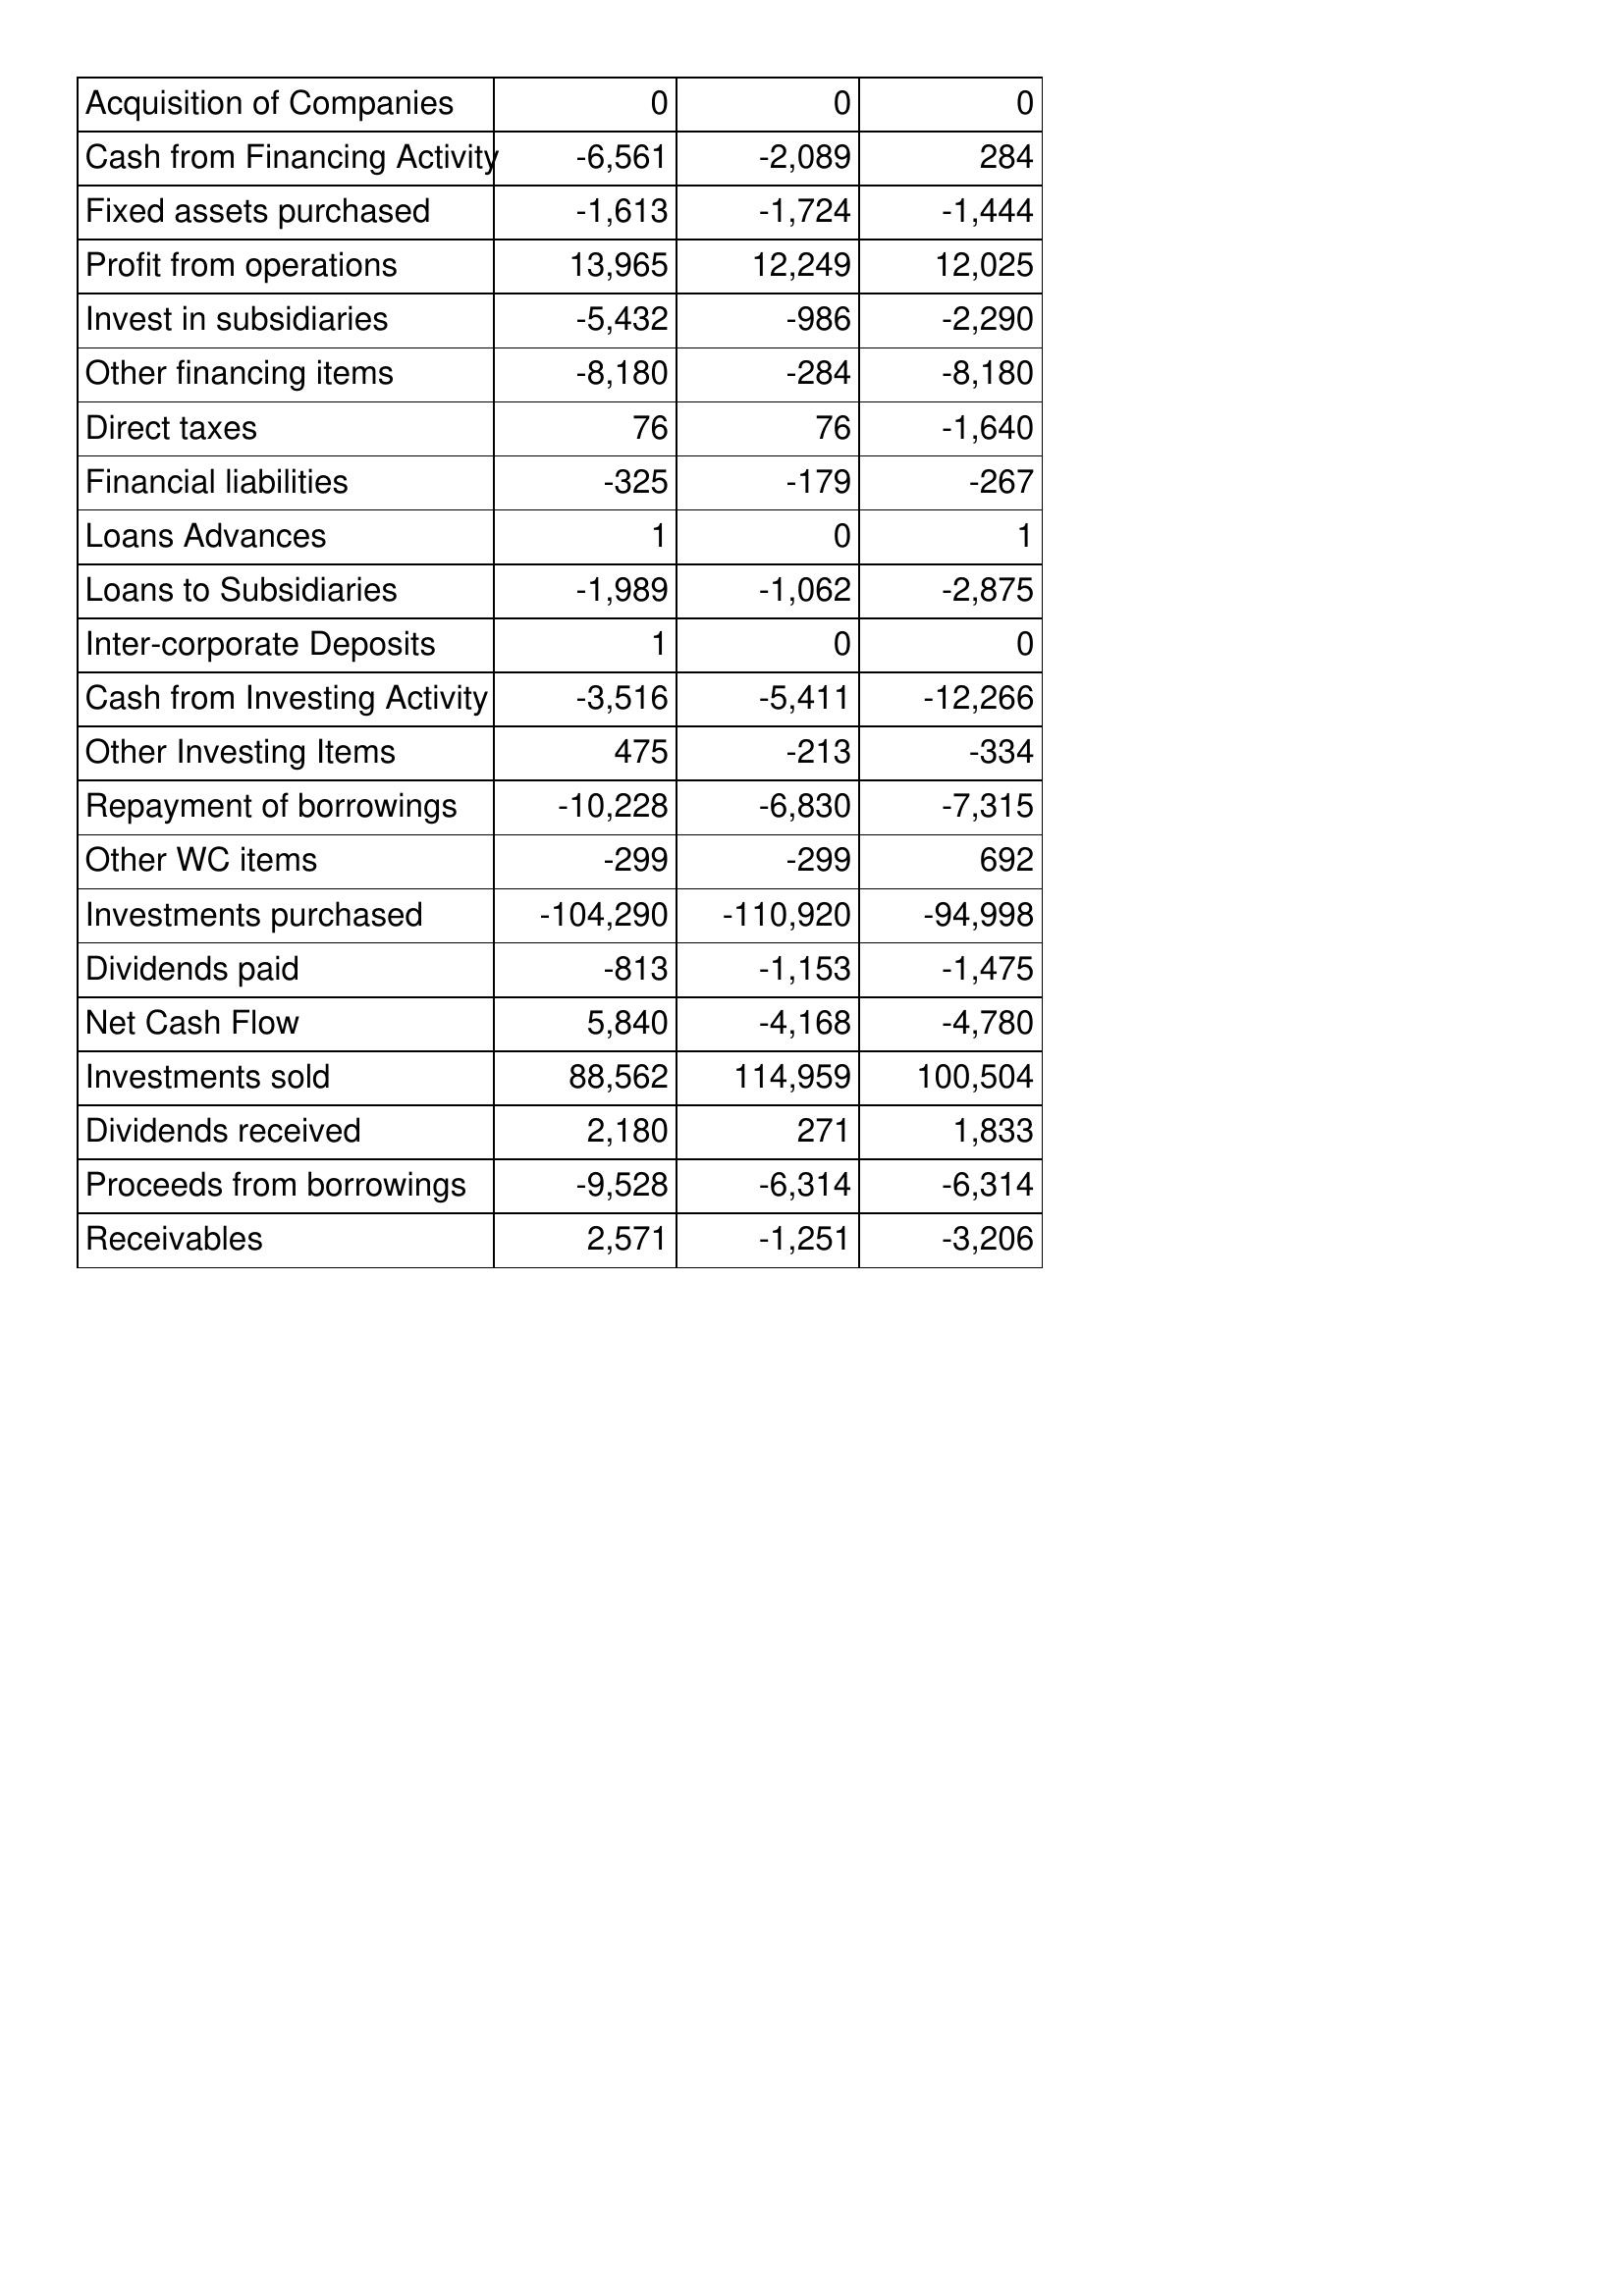
Mar-92: Cash Flows: Acquisition of Companies: 0
Cash from Financing Activity: -6,561
Fixed assets purchased: -1,613
Profit from operations: 13,965
Invest in subsidiaries: -5,432
Other financing items: -8,180
Direct taxes: 76
Financial liabilities: -325
Loans Advances: 1
Loans to Subsidiaries: -1,989
Inter-corporate Deposits: 1
Cash from Investing Activity: -3,516
Other Investing Items: 475
Repayment of borrowings: -10,228
Other WC items: -299
Investments purchased: -104,290
Dividends paid: -813
Net Cash Flow: 5,840
Investments sold: 88,562
Dividends received: 2,180
Proceeds from borrowings: -9,528
Receivables: 2,571
Mar-91: Cash Flows: Acquisition of Companies: 0
Cash from Financing Activity: -2,089
Fixed assets purchased: -1,724
Profit from operations: 12,249
Invest in subsidiaries: -986
Other financing items: -284
Direct taxes: 76
Financial liabilities: -179
Loans Advances: 0
Loans to Subsidiaries: -1,062
Inter-corporate Deposits: 0
Cash from Investing Activity: -5,411
Other Investing Items: -213
Repayment of borrowings: -6,830
Other WC items: -299
Investments purchased: -110,920
Dividends paid: -1,153
Net Cash Flow: -4,168
Investments sold: 114,959
Dividends received: 271
Proceeds from borrowings: -6,314
Receivables: -1,251
Mar-90: Cash Flows: Acquisition of Companies: 0
Cash from Financing Activity: 284
Fixed assets purchased: -1,444
Profit from operations: 12,025
Invest in subsidiaries: -2,290
Other financing items: -8,180
Direct taxes: -1,640
Financial liabilities: -267
Loans Advances: 1
Loans to Subsidiaries: -2,875
Inter-corporate Deposits: 0
Cash from Investing Activity: -12,266
Other Investing Items: -334
Repayment of borrowings: -7,315
Other WC items: 692
Investments purchased: -94,998
Dividends paid: -1,475
Net Cash Flow: -4,780
Investments sold: 100,504
Dividends received: 1,833
Proceeds from borrowings: -6,314
Receivables: -3,206